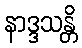
နာဒ္ဒသန္တိ